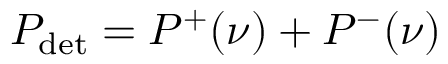
P _ { \mathrm { d e t } } = P ^ { + } ( \nu ) + P ^ { - } ( \nu )